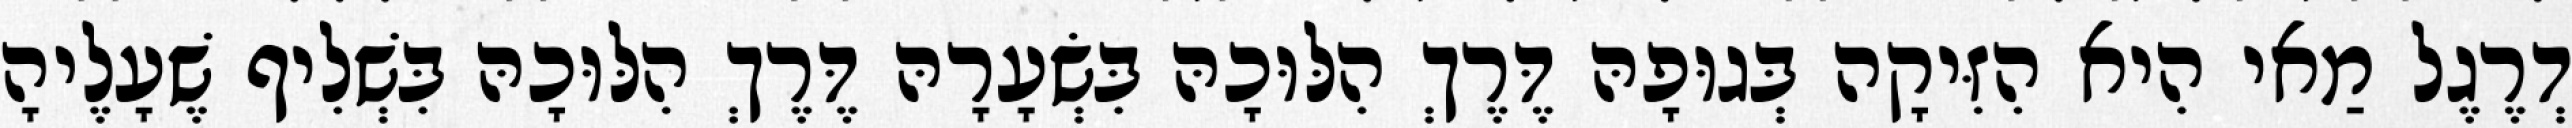
דְרֶגֶל מַאי הִיא הִזִּיקָה בְּגוּפָהּ דֶּרֶךְ הִלּוּכָהּ בִּשְׂעָרָהּ דֶּרֶךְ הִלּוּכָהּ בִּשְׁלִיף שֶׁעָלֶיהָ